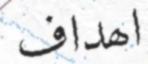
اھداف